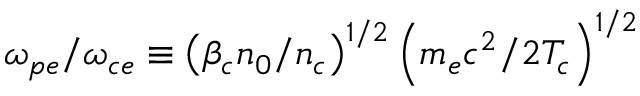
\omega _ { p e } / \omega _ { c e } \equiv \left( \beta _ { c } n _ { 0 } / n _ { c } \right) ^ { 1 / 2 } \left( m _ { e } c ^ { 2 } / 2 T _ { c } \right) ^ { 1 / 2 }